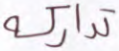
تداركه